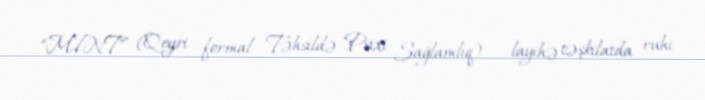
-“MINT” (Qeyri -formal Təhsildə Psixi Sağlamlıq) - layihə təşkilatda ruhi